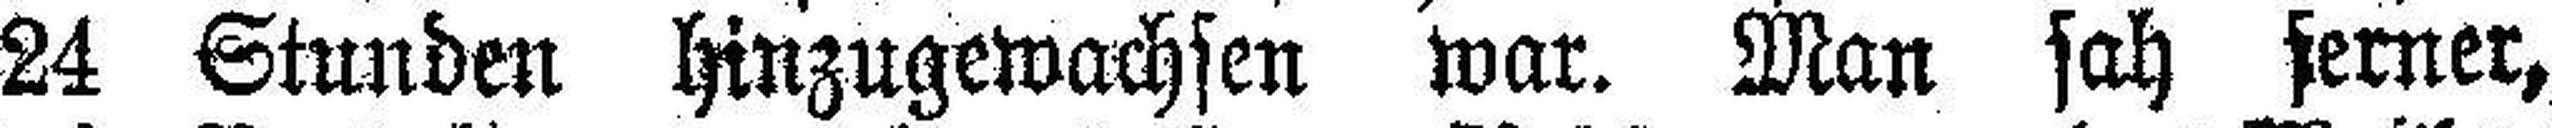
24 Stunden hinzugewachsen war. Man sah ferner,